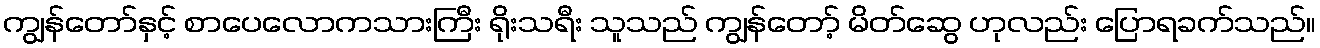
ကျွန်တော်နှင့် စာပေလောကသားကြီး ရိုးသရီး သူသည် ကျွန်တော့် မိတ်ဆွေ ဟုလည်း ပြောရခက်သည်။